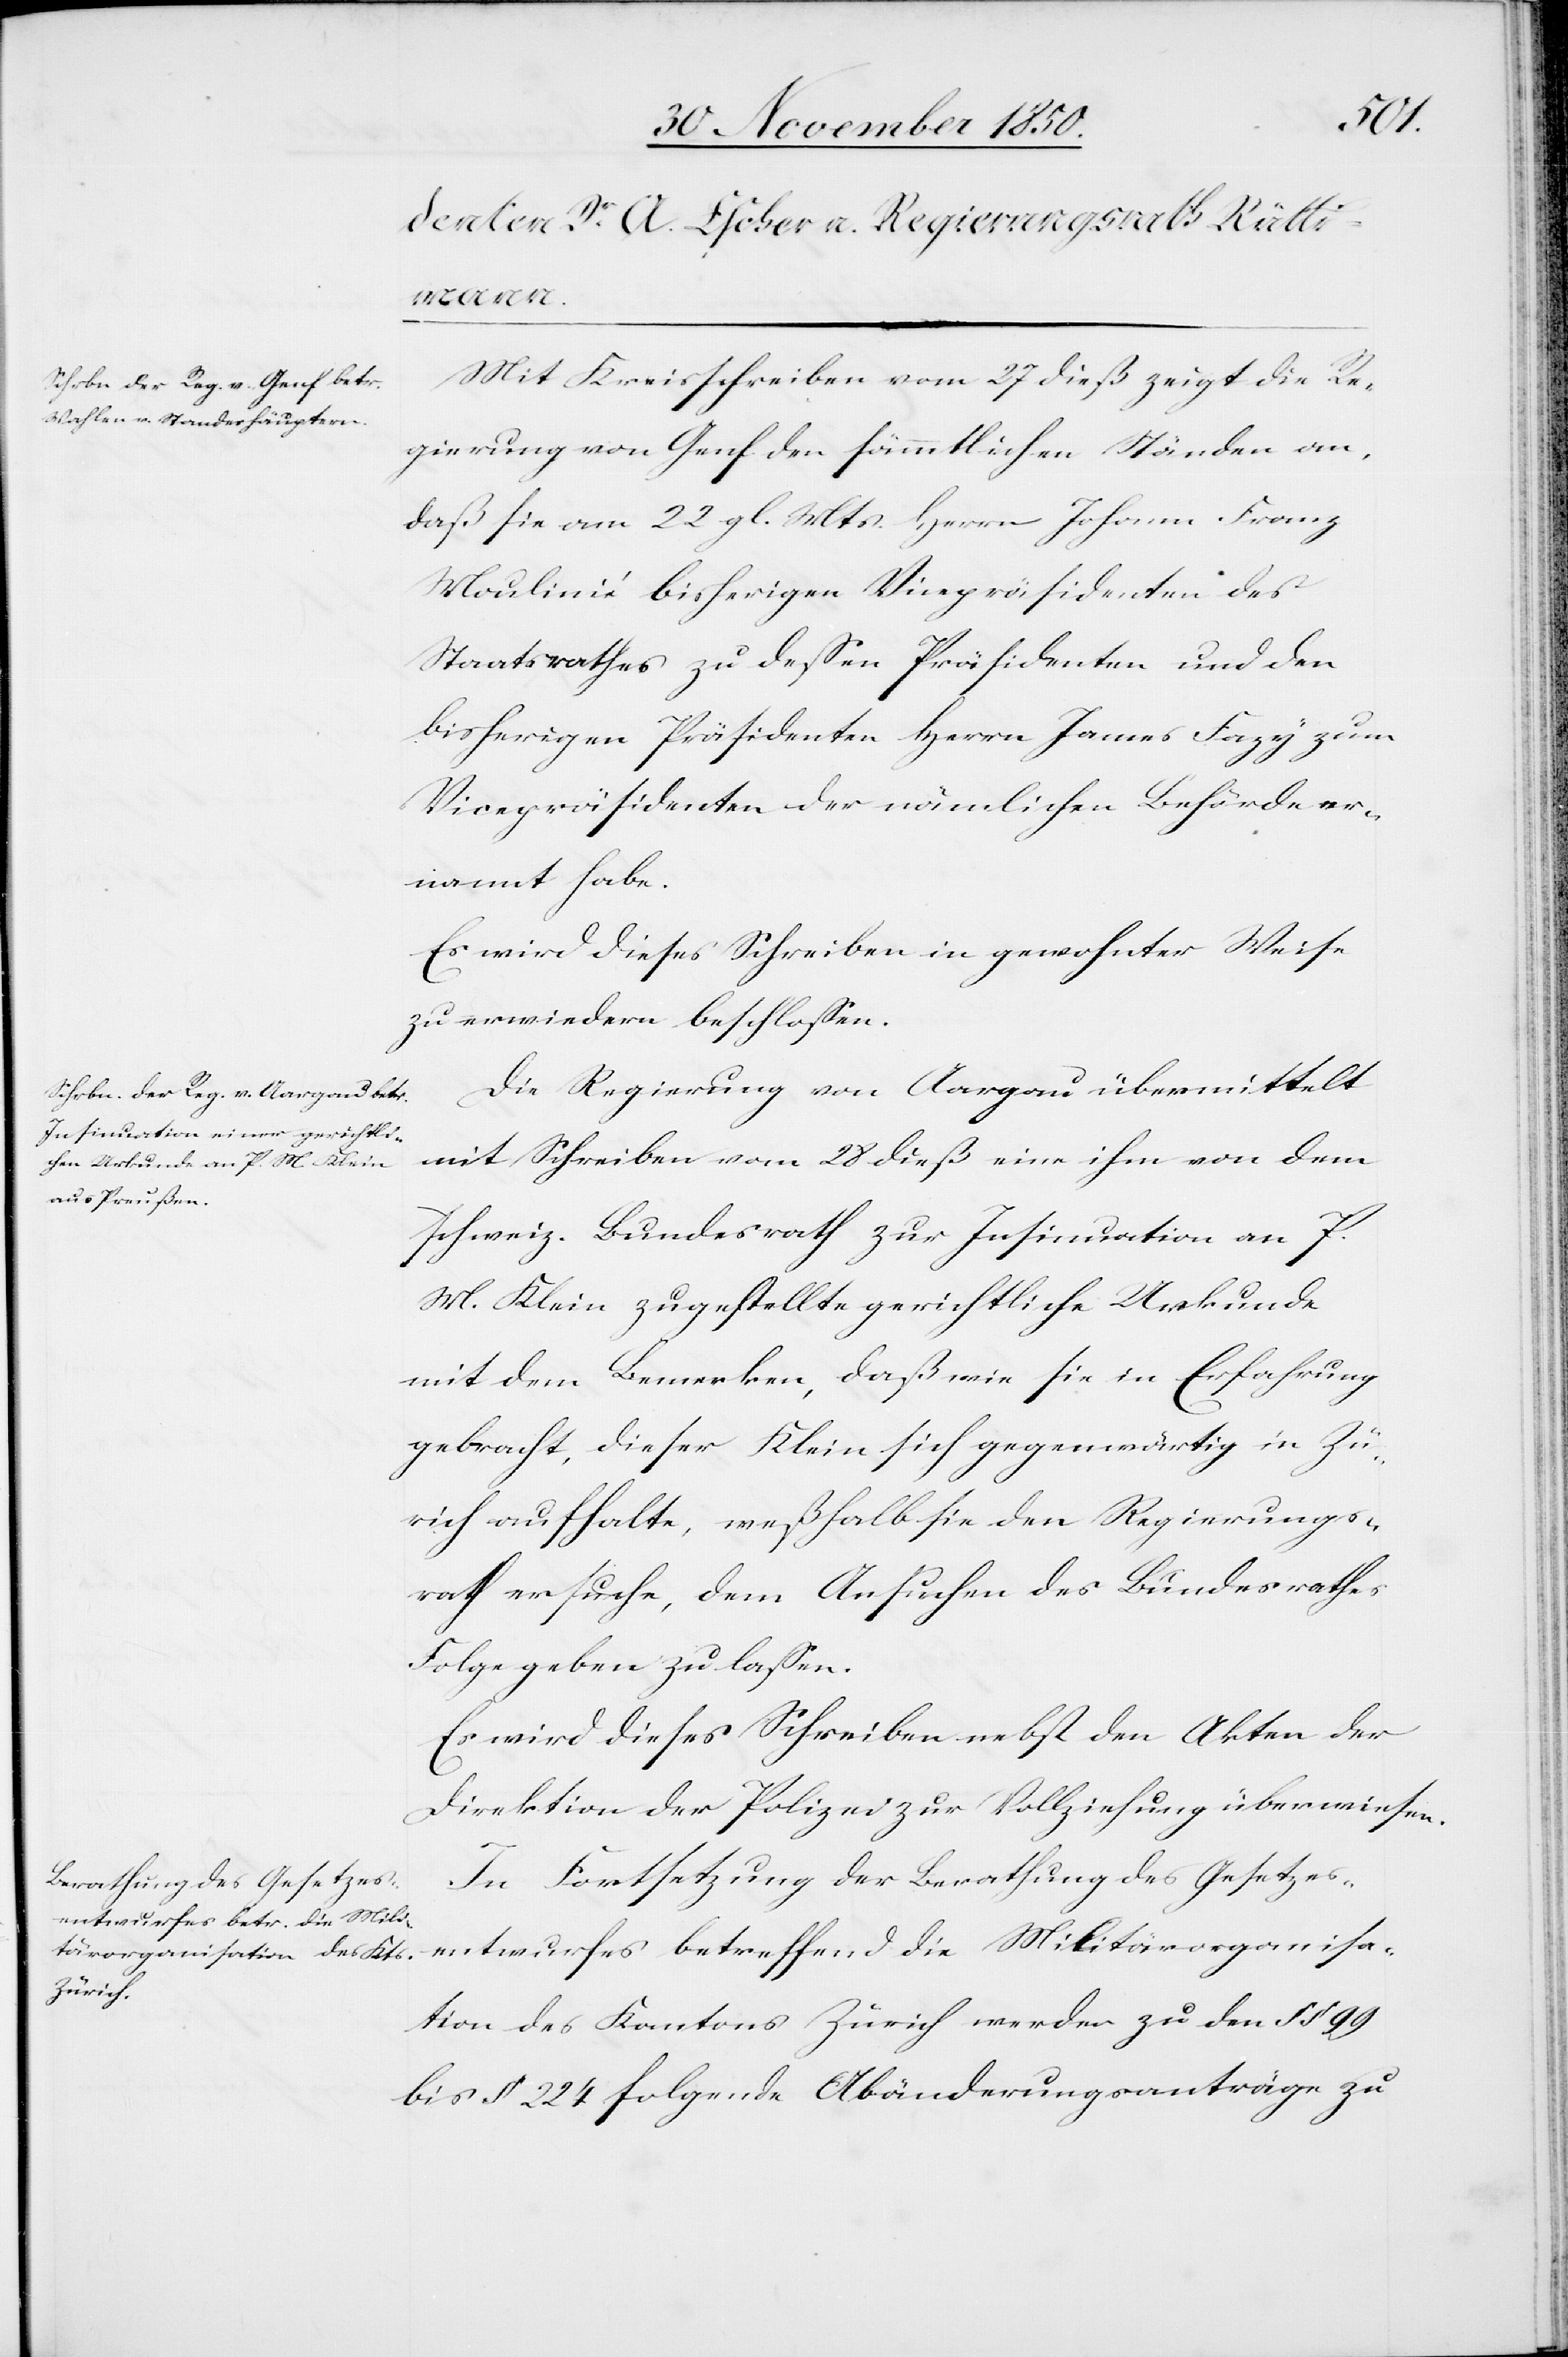
Mit Kreisschreiben vom 27 dieß zeigt die Re¬
gierung von Genf den sämmtlichen Ständen an,
daß sie am 22 gl. Mts. Herrn Johann Franz
Moulinié bisherigen Vicepräsidenten des
Staatsrathes zu dessen Präsidenten und den
bisherigen Präsidenten Herrn James Fazy zum
Vicepräsidenten der nämlichen Behörde er¬
nannt habe.
Es wird dieses Schreiben in gewohnter Weise
zu erwiedern beschlossen.
Die Regierung von Aargau übermittelt
mit Schreiben vom 28 dieß eine ihm von dem
schweiz. Bundesrath zur Insinuation an P.
M. Klein zugestellte gerichtliche Urkunde
mit dem Bemerken, daß wie sie in Erfahrung
gebracht, dieser Klein sich gegenwärtig in Zü¬
rich aufhalte, weßhalb sie den Regierungs¬
rath ersuche, dem Ansuchen des Bundesrathes
Folge geben zu lassen.
Es wird dieses Schreiben nebst den Akten der
Direktion der Polizei zur Vollziehung überwiesen.
In Fortsetzung der Berathung des Gesetzes¬
entwurfes betreffend die Militärorganisa¬
tion des Kantons Zürich werden zu den § § 99
bis § 224 folgende Abänderungsanträge zu